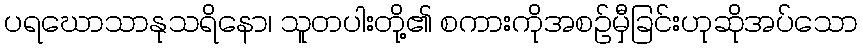
ပရဃောသာနုသရိနော၊ သူတပါးတို့၏ စကားကိုအစဉ်မှီခြင်းဟုဆိုအပ်သော